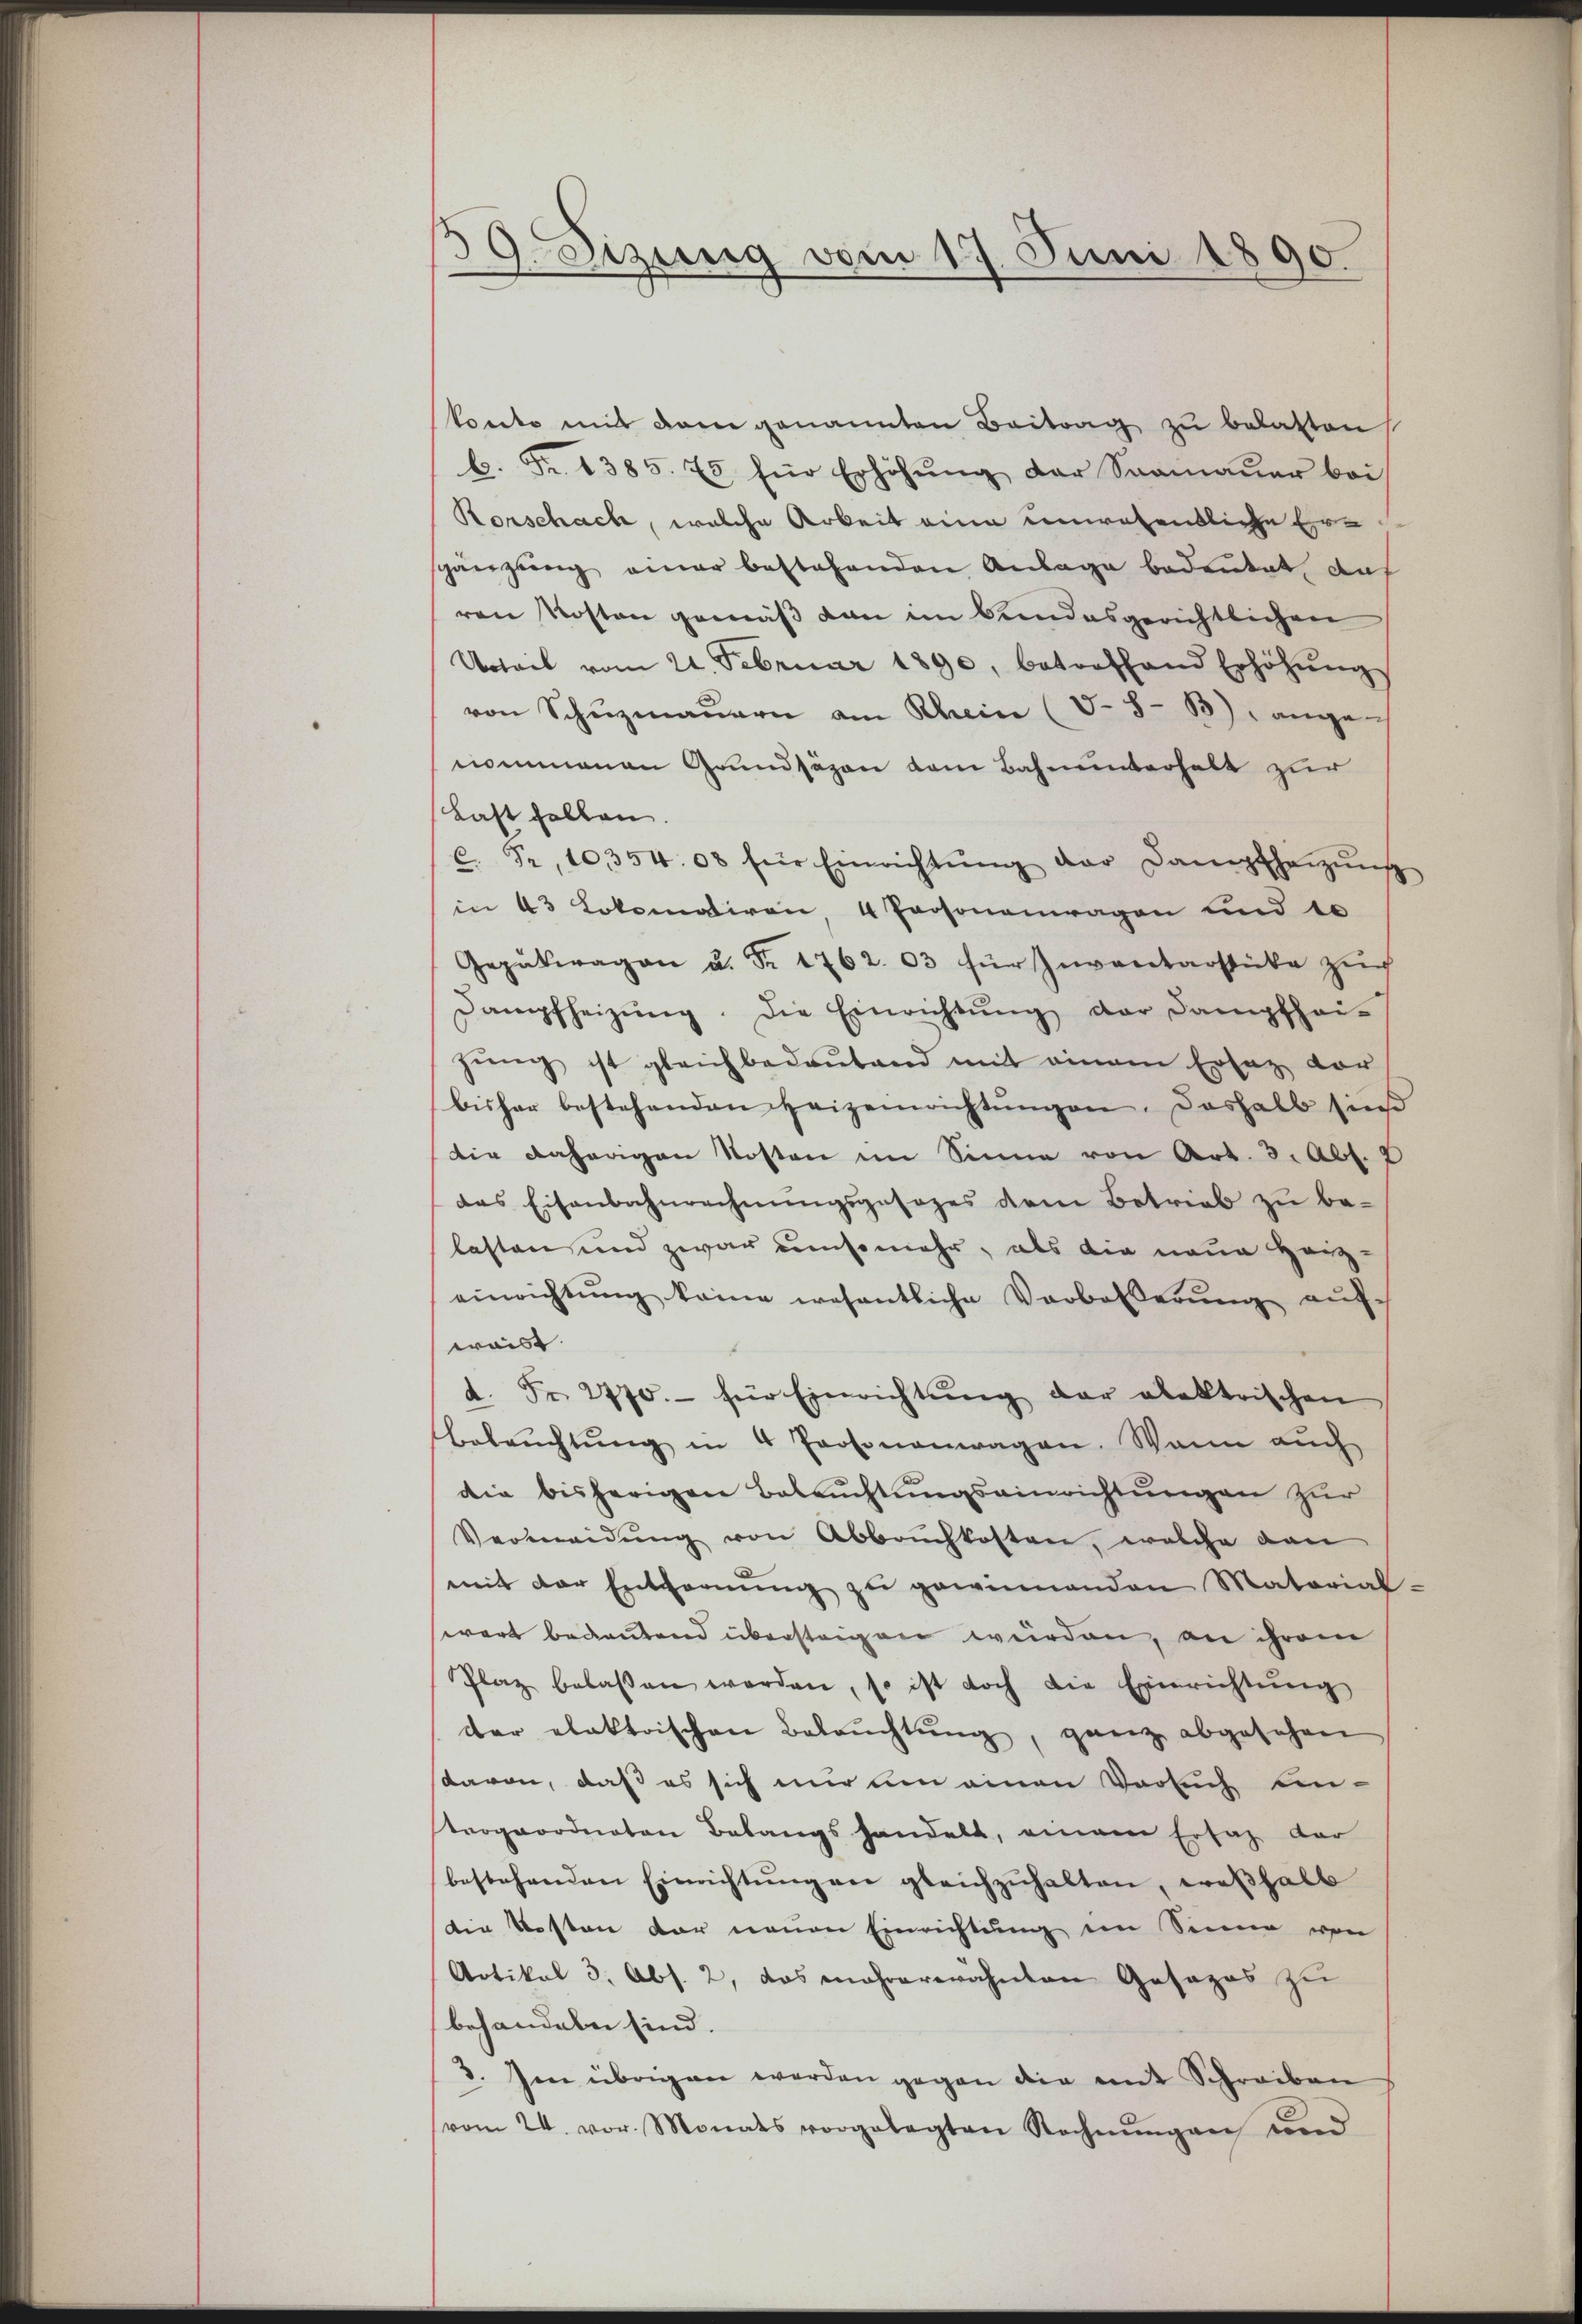
39. Sizung vom 17. Juni 1890.

konto mit dem genannten Beitrag zu belasten
b. Fr. 1385. 75 für Erhöhŭng der Saamaŭer bei
Rorschach, welche Arbeit eine unwesentliche Erspänzung einer bestehenden Anlage bedeutet, das
ren Kosten gemäß von im bundesgerichtlichen
Urteil vom 21. Februar 1890, betreffend Erhöhŭng
von Schuzmauern am Rhein (5-8- 33) ange
nommenen Grundsäzen dem Bahnunterhalt zur
Last fallen.
C. Fr. 10354. 08 für Einrichtŭng der Dampfheizŭng
in 43 Lokomotiren, 4 Personenragen und 10
Gepätwagen u. Fr. 1762. 03 für Inventarstücke zur
Dampfheizŭng. Die Einrichtŭng der Dampfhei-
gŭng ist gleichbedeŭtend mit einem Ersatz vor
bisher bestehenden Heizeinrichtŭngen, deshalb sind
die daherigen Kosten im Sinne von Art. 3. Abs. 2
das Eisenbahnrechnŭngsgesages dem Betrieb zu be-
lasten und zwar umsomehr, als die neue Herz-
einrichtŭng keine wesentliche Verbesserŭng aŭf-
waist
a. Fr. 2770.- für Einrichtŭng der alektrischen
Beleŭchtŭng in 4 Personenwagen. Wann aŭch
die bisherigen Beleuchtungseinrichtungen zur
Vermeidŭng von Abbrŭchkosten, welche dan
mit der Entfernŭng zŭ gewinnenden Material-
wart bedeutend übersteigen würden, an ihrem
Plaz belassen werden, so ist doch die Einrichtŭng
der elektrischen Beleŭchtŭng, ganz abgesehen
davon, daß es sich nur um einen Versuch ein-
trogeordneten Belangs handelt, einem Ersatz der
bestehenden Einrichtŭng an gleichzŭhalten, weßhalb
die Kosten der neuen Einrichtung im Sinne von
Artikal 3, Abs. 2, das mehrerwähnten Gesages zu
behandeln sind.
3. Im übrigen werden gegen die mit Schreiben
vom 24. vor. Monats vorgelegten Rechnŭngen und